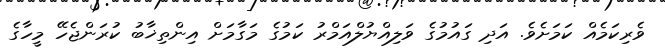
ވެރިކަމެއް ކަމަށެވެ. އަދި ގައުމުގެ ވަލިއްޔުލްއަމްރު ކަމުގެ މަގާމަށް އިންތިޚާބު ކުރަންޖެހޭ މީހާގެ